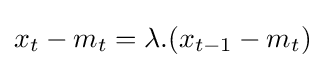
x_{t}-m_{t}=\lambda .(x_{t-1}-m_{t})